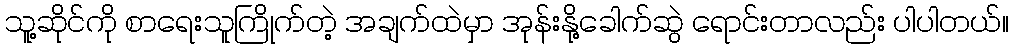
သူ့ဆိုင်ကို စာရေးသူကြိုက်တဲ့ အချက်ထဲမှာ အုန်းနို့ခေါက်ဆွဲ ရောင်းတာလည်း ပါပါတယ်။